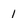
Character: 1